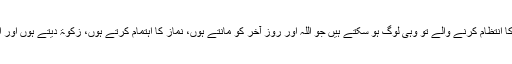
جاوید احمد غامدی اللہ کی مسجدوں کا انتظام کرنے والے تو وہی لوگ ہو سکتے ہیں جو اللہ اور روز آخر کو مانتے ہوں، نماز کا اہتمام کرتے ہوں، زکوٰۃ دیتے ہوں اور اللہ کے سوا کسی سے نہ ڈرتے ہوں۔